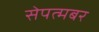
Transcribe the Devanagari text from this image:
सेपत्मबर